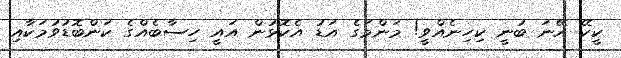
ކީކޭ އޭނަ ބުނީ ކިހިނެއްވީ! މަންމަގެ އަޑު އެކޮޅުން އައީ ހިސާބެއްގެ ކަންބޮޑުވުމަކާއި